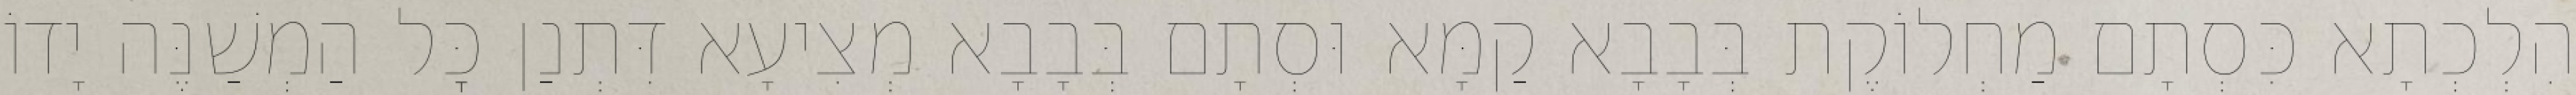
הִלְכְתָא כִּסְתָם מַחְלוֹקֶת בְּבָבָא קַמָּא וּסְתָם בְּבָבָא מְצִיעָא דִּתְנַן כׇּל הַמְשַׁנֶּה יָדוֹ